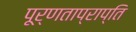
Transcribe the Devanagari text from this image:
पूर्णताप्राप्ति